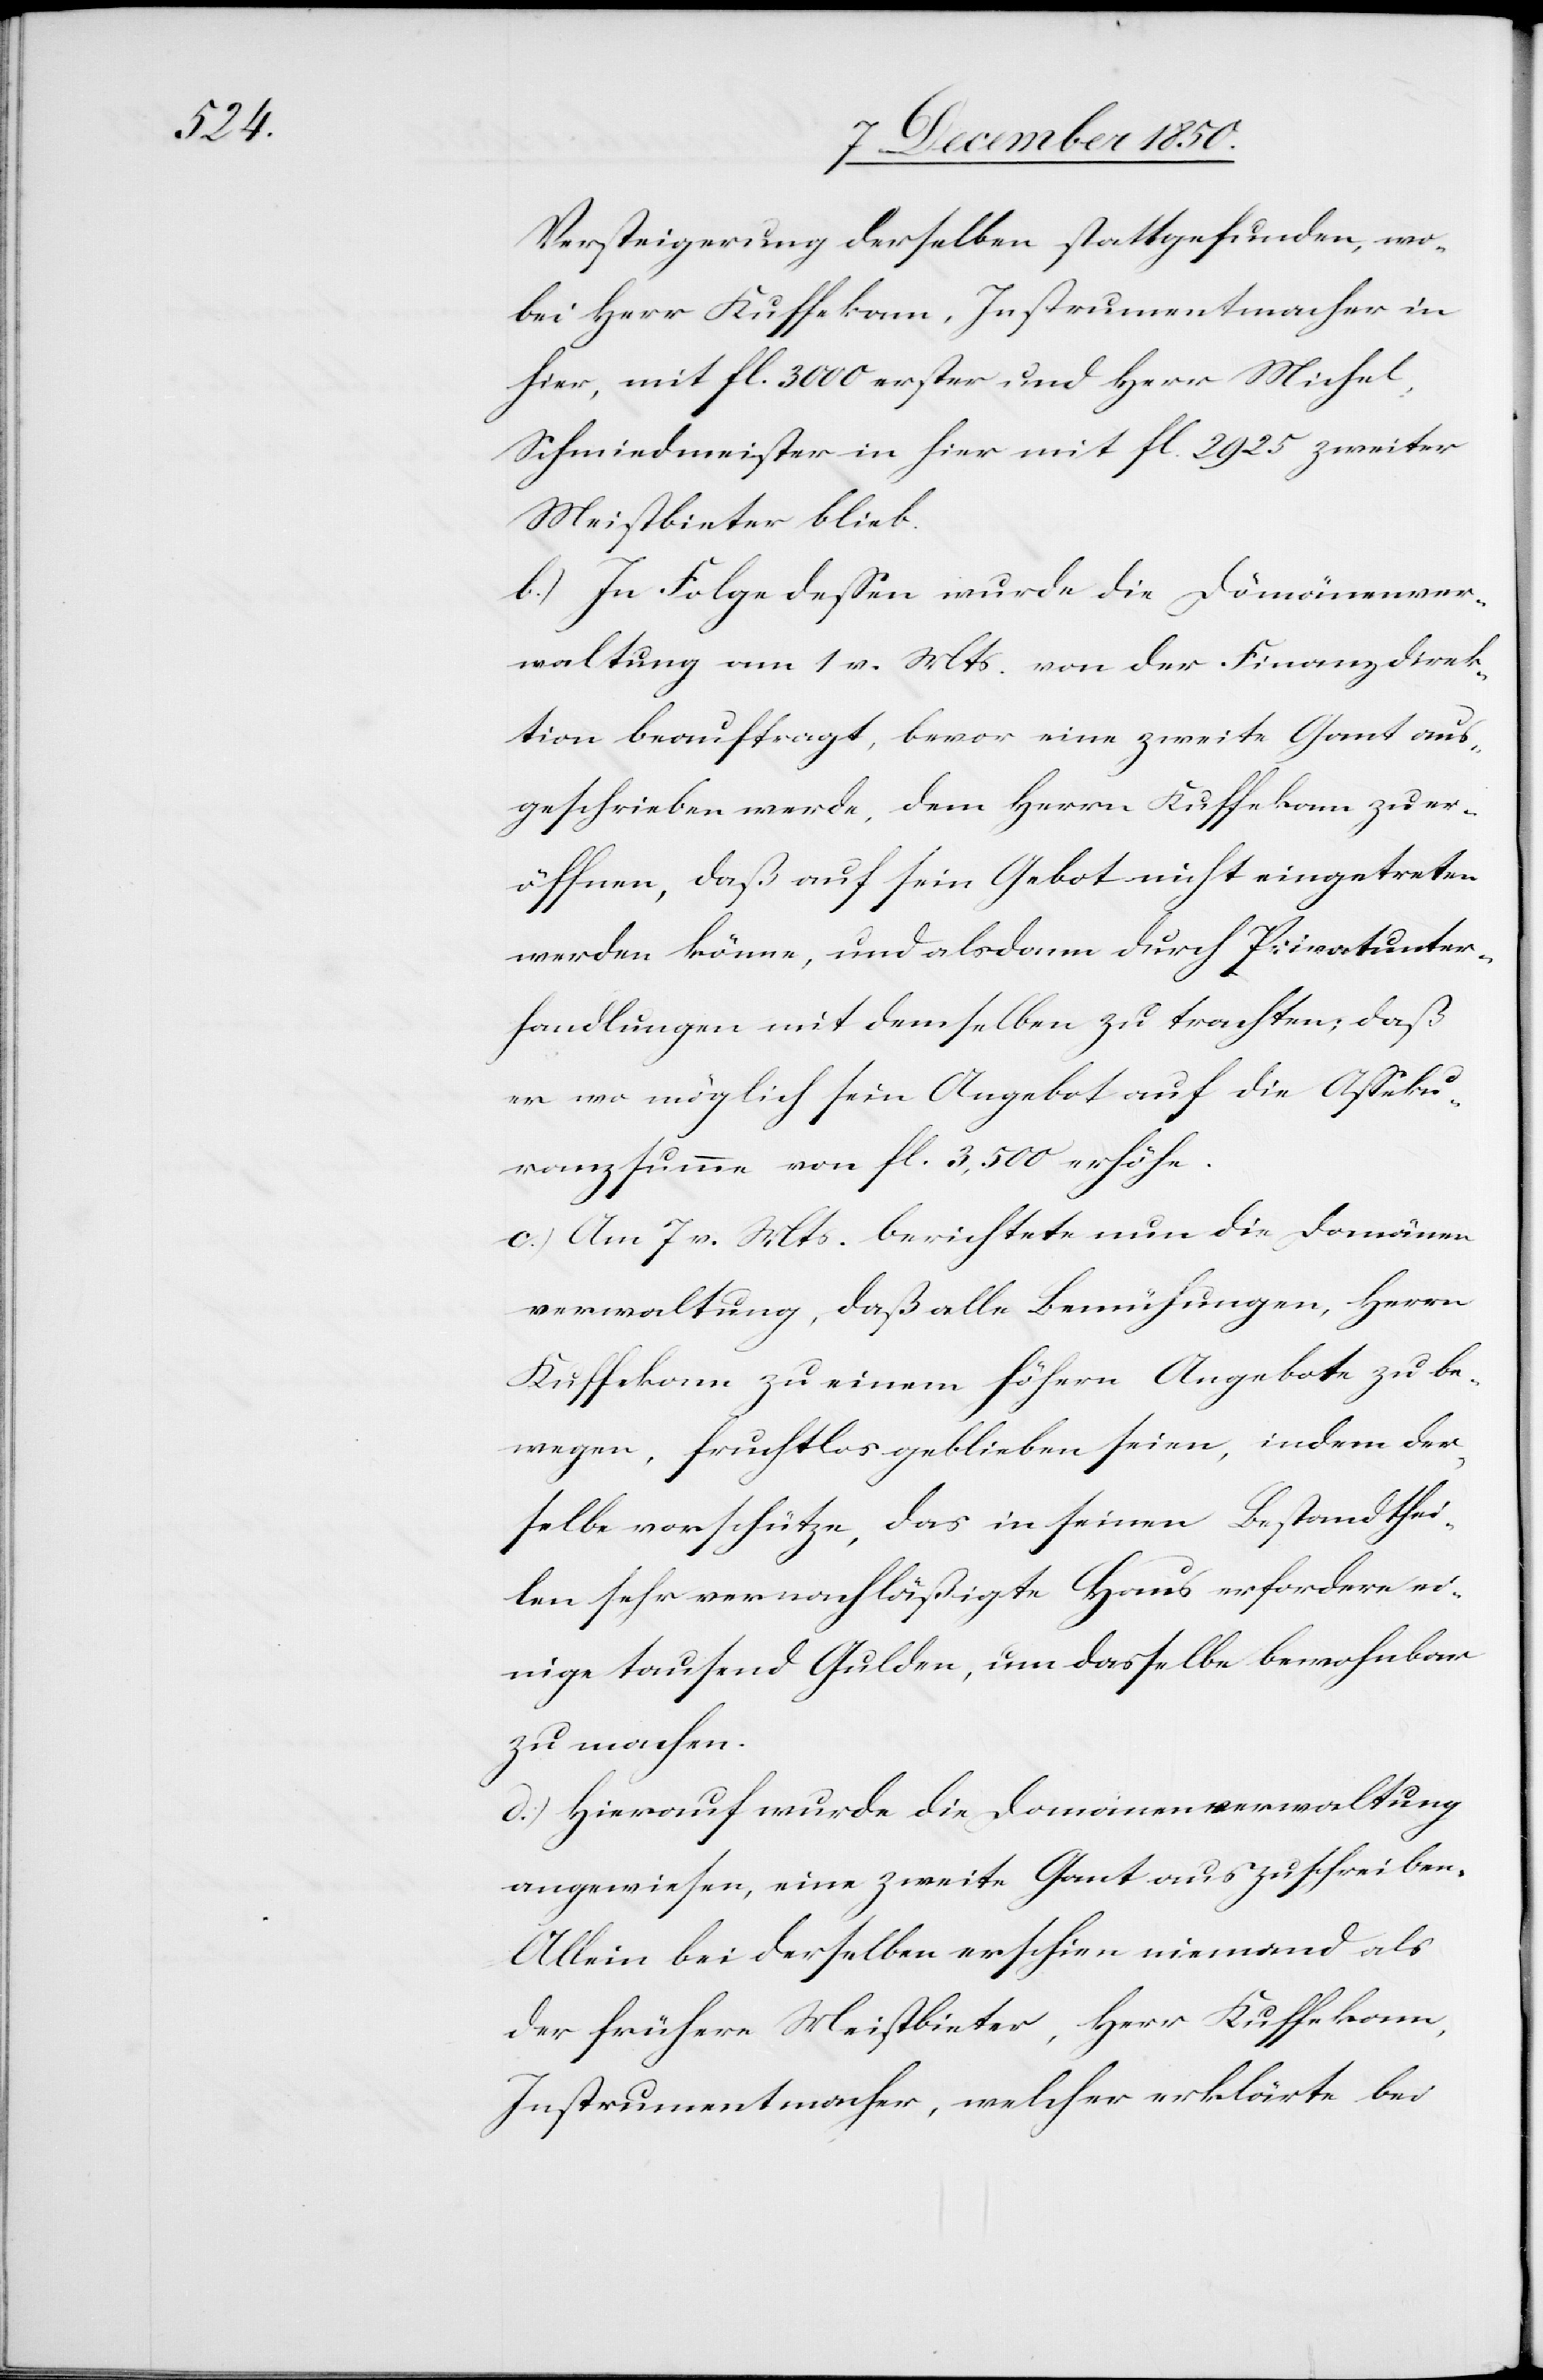
Versteigerung derselben stattgefunden, wo¬
bei Herr Kuffekam, Instrumentmacher in
hier, mit fl. 3000 erster und Herr Michel,
Schmiedmeister in hier mit fl. 2925 zweiter
Meistbieter blieb.
b.) In Folge dessen wurde die Dömänenver¬
waltung [sic!] am 1 v. Mts. von der Finanzdirek¬
tion beauftragt, bevor eine zweite Gant aus¬
geschrieben werde, dem Herrn Kuffekam zu er¬
öffnen, daß auf sein Gebot nicht eingetreten
werden könne, und alsdann durch Privatunter¬
handlungen mit demselben zu trachten, daß
er wo möglich sein Angebot auf die Asseku¬
ranzsumme von fl. 3,500 erhöhe.
c.) Am 7 v. Mts. berichtete nun die Domänen¬
verwaltung, daß alle Bemühungen, Herrn
Kuffekam zu einem höhern Angebote zu be¬
wegen, fruchtlos geblieben seien, indem der¬
selbe vorschütze, das in seinen Bestandthei¬
len sehr vernachläßigte Haus erfordere ei¬
nige tausend Gulden, um dasselbe bewohnbar
zu machen.
d.) Hierauf wurde die Domänenverwaltung
angewiesen, eine zweite Gant auszuschreiben.
Allein bei derselben erschien niemand als
der frühere Meistbieter, Herr Kuffekam,
Instrumentmacher, welcher erklärte bei